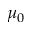
\mu _ { 0 }